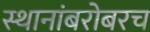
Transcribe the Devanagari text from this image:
स्थानांबरोबरच